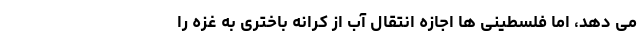
می دهد، اما فلسطینی ها اجازه انتقال آب از کرانه باختری به غزه را